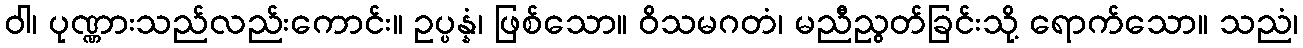
ဝါ၊ ပုဏ္ဏားသည်လည်းကောင်း။ ဥပ္ပန္နံ၊ ဖြစ်သော။ ဝိသမဂတံ၊ မညီညွတ်ခြင်းသို့ ရောက်သော။ သညံ၊